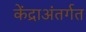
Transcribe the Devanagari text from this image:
केंद्राअंतर्गत